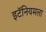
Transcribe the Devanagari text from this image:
इटॅनियमला